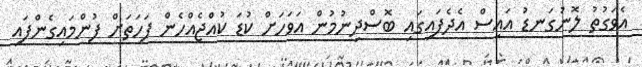
އެވަގުތު ލޮނުގަނޑު އައިސް އެދެފައިގައި ބޮސްދިނުމުން އަވަހަށް ކުޑަ ކުއްޖެއްހެން ފަހަތަށް ފުންމައިގެންފައި